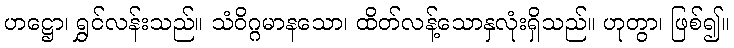
ဟဋ္ဌော၊ ရွှင်လန်းသည်။ သံဝိဂ္ဂမာနသော၊ ထိတ်လန့်သောနှလုံးရှိသည်။ ဟုတွာ၊ ဖြစ်၍။